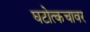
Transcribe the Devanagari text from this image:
घटोत्कचावर